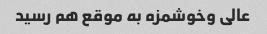
عالی و‌خوشمزه به موقع هم رسید